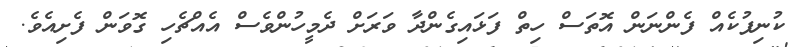
ކުނިފުކެއް ފެންނަން އޮތަސް ހިތް ފަޅައިގެންދާ ވަރަށް ދެމީހުންވެސް އެއްޗެހި ގޮވަން ފެށިއެވެ.